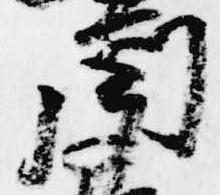
聞